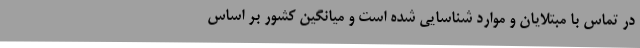
در تماس با مبتلایان و موارد شناسایی شده است و میانگین کشور بر اساس